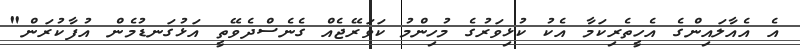
އެ އެއާލައިންގެ އެހީތެރިކަމާ އެކު ކުޅިވަރުގެ މުހިންމު ކަވަރޭޖެއް ގެނެސްދެވޭތީ އަޅުގަނޑުމެން އުފާކުރަން"